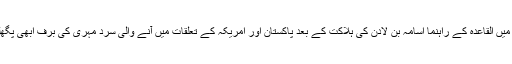
ایبٹ آباد میں القاعدہ کے راہنما اسامہ بن لادن کی ہلاکت کے بعد پاکستان اور امریکہ کے تعلقات میں آنے والی سرد مہری کی برف ابھی پگھلی نہیں ۔